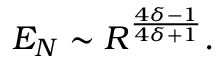
E _ { N } \sim R ^ { \frac { 4 \delta - 1 } { 4 \delta + 1 } } .